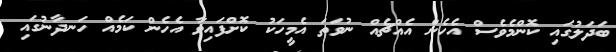
ބަދަލުގައި ކޮންމެވެސް އެހެން އެއްޗެއް ނުވަތަ އެމީހަކު ކޮށްފައިވާ އެހެން ކަމެއް ހަނދާނުގައި